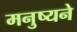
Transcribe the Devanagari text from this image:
मनुष्यने